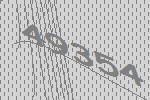
49354